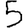
Digit: 5